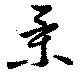
景